Civil Veterinary Department Bihar & Orissa reports 1929-36 - 1929-1936
Year: 1929
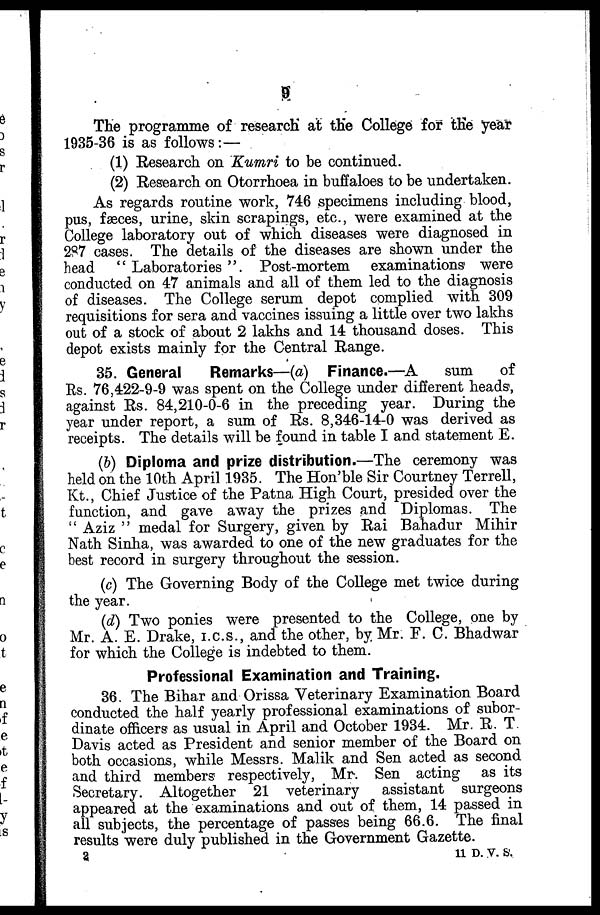
9
The programme of research at the College for the year
1935-36 is as follows:—
(1) Research on Kumri to be continued.
(2) Research on Otorrhoea in buffaloes to be undertaken.
As regards routine work, 746 specimens including blood,
pus, fæces, urine, skin scrapings, etc., were examined at the
College laboratory out of which diseases were diagnosed in
287 cases. The details of the diseases are shown under the
head " Laboratories ". Post-mortem examinations were
conducted on 47 animals and all of them led to the diagnosis
of diseases. The College serum depot complied with 309
requisitions for sera and vaccines issuing a little over two lakhs
out of a stock of about 2 lakhs and 14 thousand doses. This
depot exists mainly for the Central Range.
35. General
Remarks—(a) Finance.—A
sum
of
Rs. 76,422-9-9 was spent on the College under different heads,
against Rs. 84,210-0-6 in the preceding year. During the
year under report, a sum of Rs. 8,346-14-0 was derived as
receipts. The details will be found in table I and statement E.
(b) Diploma and prize distribution.—The ceremony was
held on the 10th April 1935. The Hon'ble Sir Courtney Terrell,
Kt., Chief Justice of the Patna High Court, presided over the
function, and gave away the prizes and Diplomas. The
" Aziz " medal for Surgery, given by Rai Bahadur Mihir
Nath Sinha, was awarded to one of the new graduates for the
best record in surgery throughout the session.
(c) The Governing Body of the College met twice during
the year.
(d) Two ponies were presented to the College, one by
Mr. A. E. Drake, I.C.S., and the other, by Mr. F. C. Bhadwar
for which the College is indebted to them.
Professional Examination and Training.
36. The Bihar and Orissa Veterinary Examination Board
conducted the half yearly professional examinations of subor-
dinate officers as usual in April and October 1934. Mr. R. T
Davis acted as President and senior member of the Board on
both occasions, while Messrs. Malik and Sen acted as second
and third members respectively, Mr. Sen acting as its
Secretary. Altogether 21 veterinary assistant surgeons
appeared at the examinations and out of them, 14 passed in
all subjects, the percentage of passes being 66.6. The final
results were duly published in the Government Gazette.
11 D. V. S.